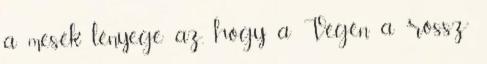
a mesék lényege az, hogy a Végén a “rossz”